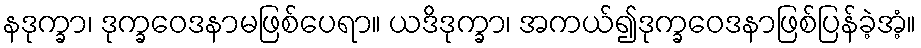
နဒုက္ခာ၊ ဒုက္ခဝေဒနာမဖြစ်ပေရာ။ ယဒိဒုက္ခာ၊ အကယ်၍ဒုက္ခဝေဒနာဖြစ်ပြန်ခဲ့အံ့။